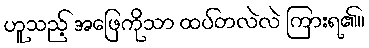
ဟူသည့် အဖြေကိုသာ ထပ်တလဲလဲ ကြားရ၏။